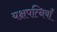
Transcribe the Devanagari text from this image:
यक्षपत्नियाँ